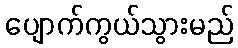
ပျောက်ကွယ်သွားမည်